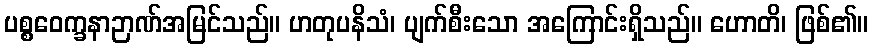
ပစ္စဝေက္ခနာဉာဏ်အမြင်သည်။ ဟတုပနိသံ၊ ပျက်စီးသော အကြောင်းရှိသည်။ ဟောတိ၊ ဖြစ်၏။